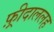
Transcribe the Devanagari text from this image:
फ़्रीदाललह